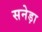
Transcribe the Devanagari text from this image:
सनेड़ा